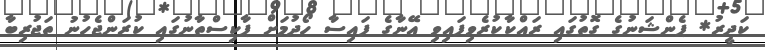
ކަދީރު* ޕެންޝަނުގެ ގޮތުގައި ރައްކާކުރެވިފައިވި އޭނާގެ ފައިސާ ހޯދުމަށް ޕާކިސްތާނުގައި ކުރަންޖެހުނު ތަޖުރިބާ